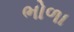
ભોળા